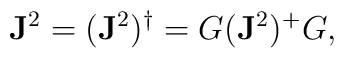
\mathbf{J}^2 = (\mathbf{J}^2)^\dagger = G (\mathbf{J}^2)^+ G,